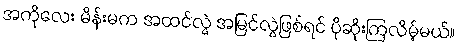
အကိုလေး မိန်းမက အထင်လွဲ အမြင်လွဲဖြစ်ရင် ပိုဆိုးကြလိမ့်မယ်။